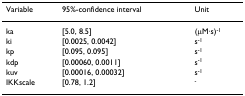
| Variable | 95%-confidence interval | Unit |
 | --- | --- | --- |
 | ka | [5.0, 8.5] | (μM·s)-1 |
 | ki | [0.0025, 0.0042] | s-1 |
 | kp | [0.095, 0.095] | s-1 |
 | kdp | [0.00060, 0.0011] | s-1 |
 | kuv | [0.00016, 0.00032] | s-1 |
 | IKKscale | [0.78, 1.2] | - |